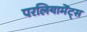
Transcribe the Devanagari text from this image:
परलियामेंट्स